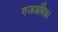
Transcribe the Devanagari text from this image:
गजअंबिका